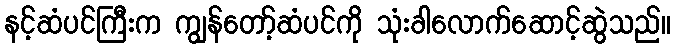
နင့်ဆံပင်ကြီးက ကျွန်တော့်ဆံပင်ကို သုံးခါလောက်ဆောင့်ဆွဲသည်။